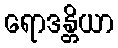
ရောဒန္တိယာ